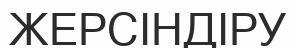
ЖЕРСІНДІРУ